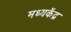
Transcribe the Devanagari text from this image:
मध्यकेंद्र